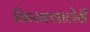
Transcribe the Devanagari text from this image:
किरक्लालेरी